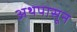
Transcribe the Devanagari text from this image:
अथपासून